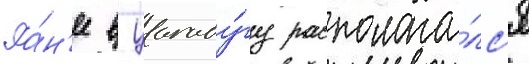
Ра́н'ее в уагаду́гу располага́лс'я